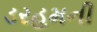
ડરહમની